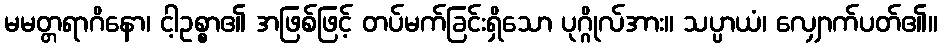
မမတ္တရာဂိနော၊ ငါ့ဥစ္စာ၏ အဖြစ်ဖြင့် တပ်မက်ခြင်းရှိသော ပုဂ္ဂိုလ်အား။ သပ္ပာယံ၊ လျှောက်ပတ်၏။